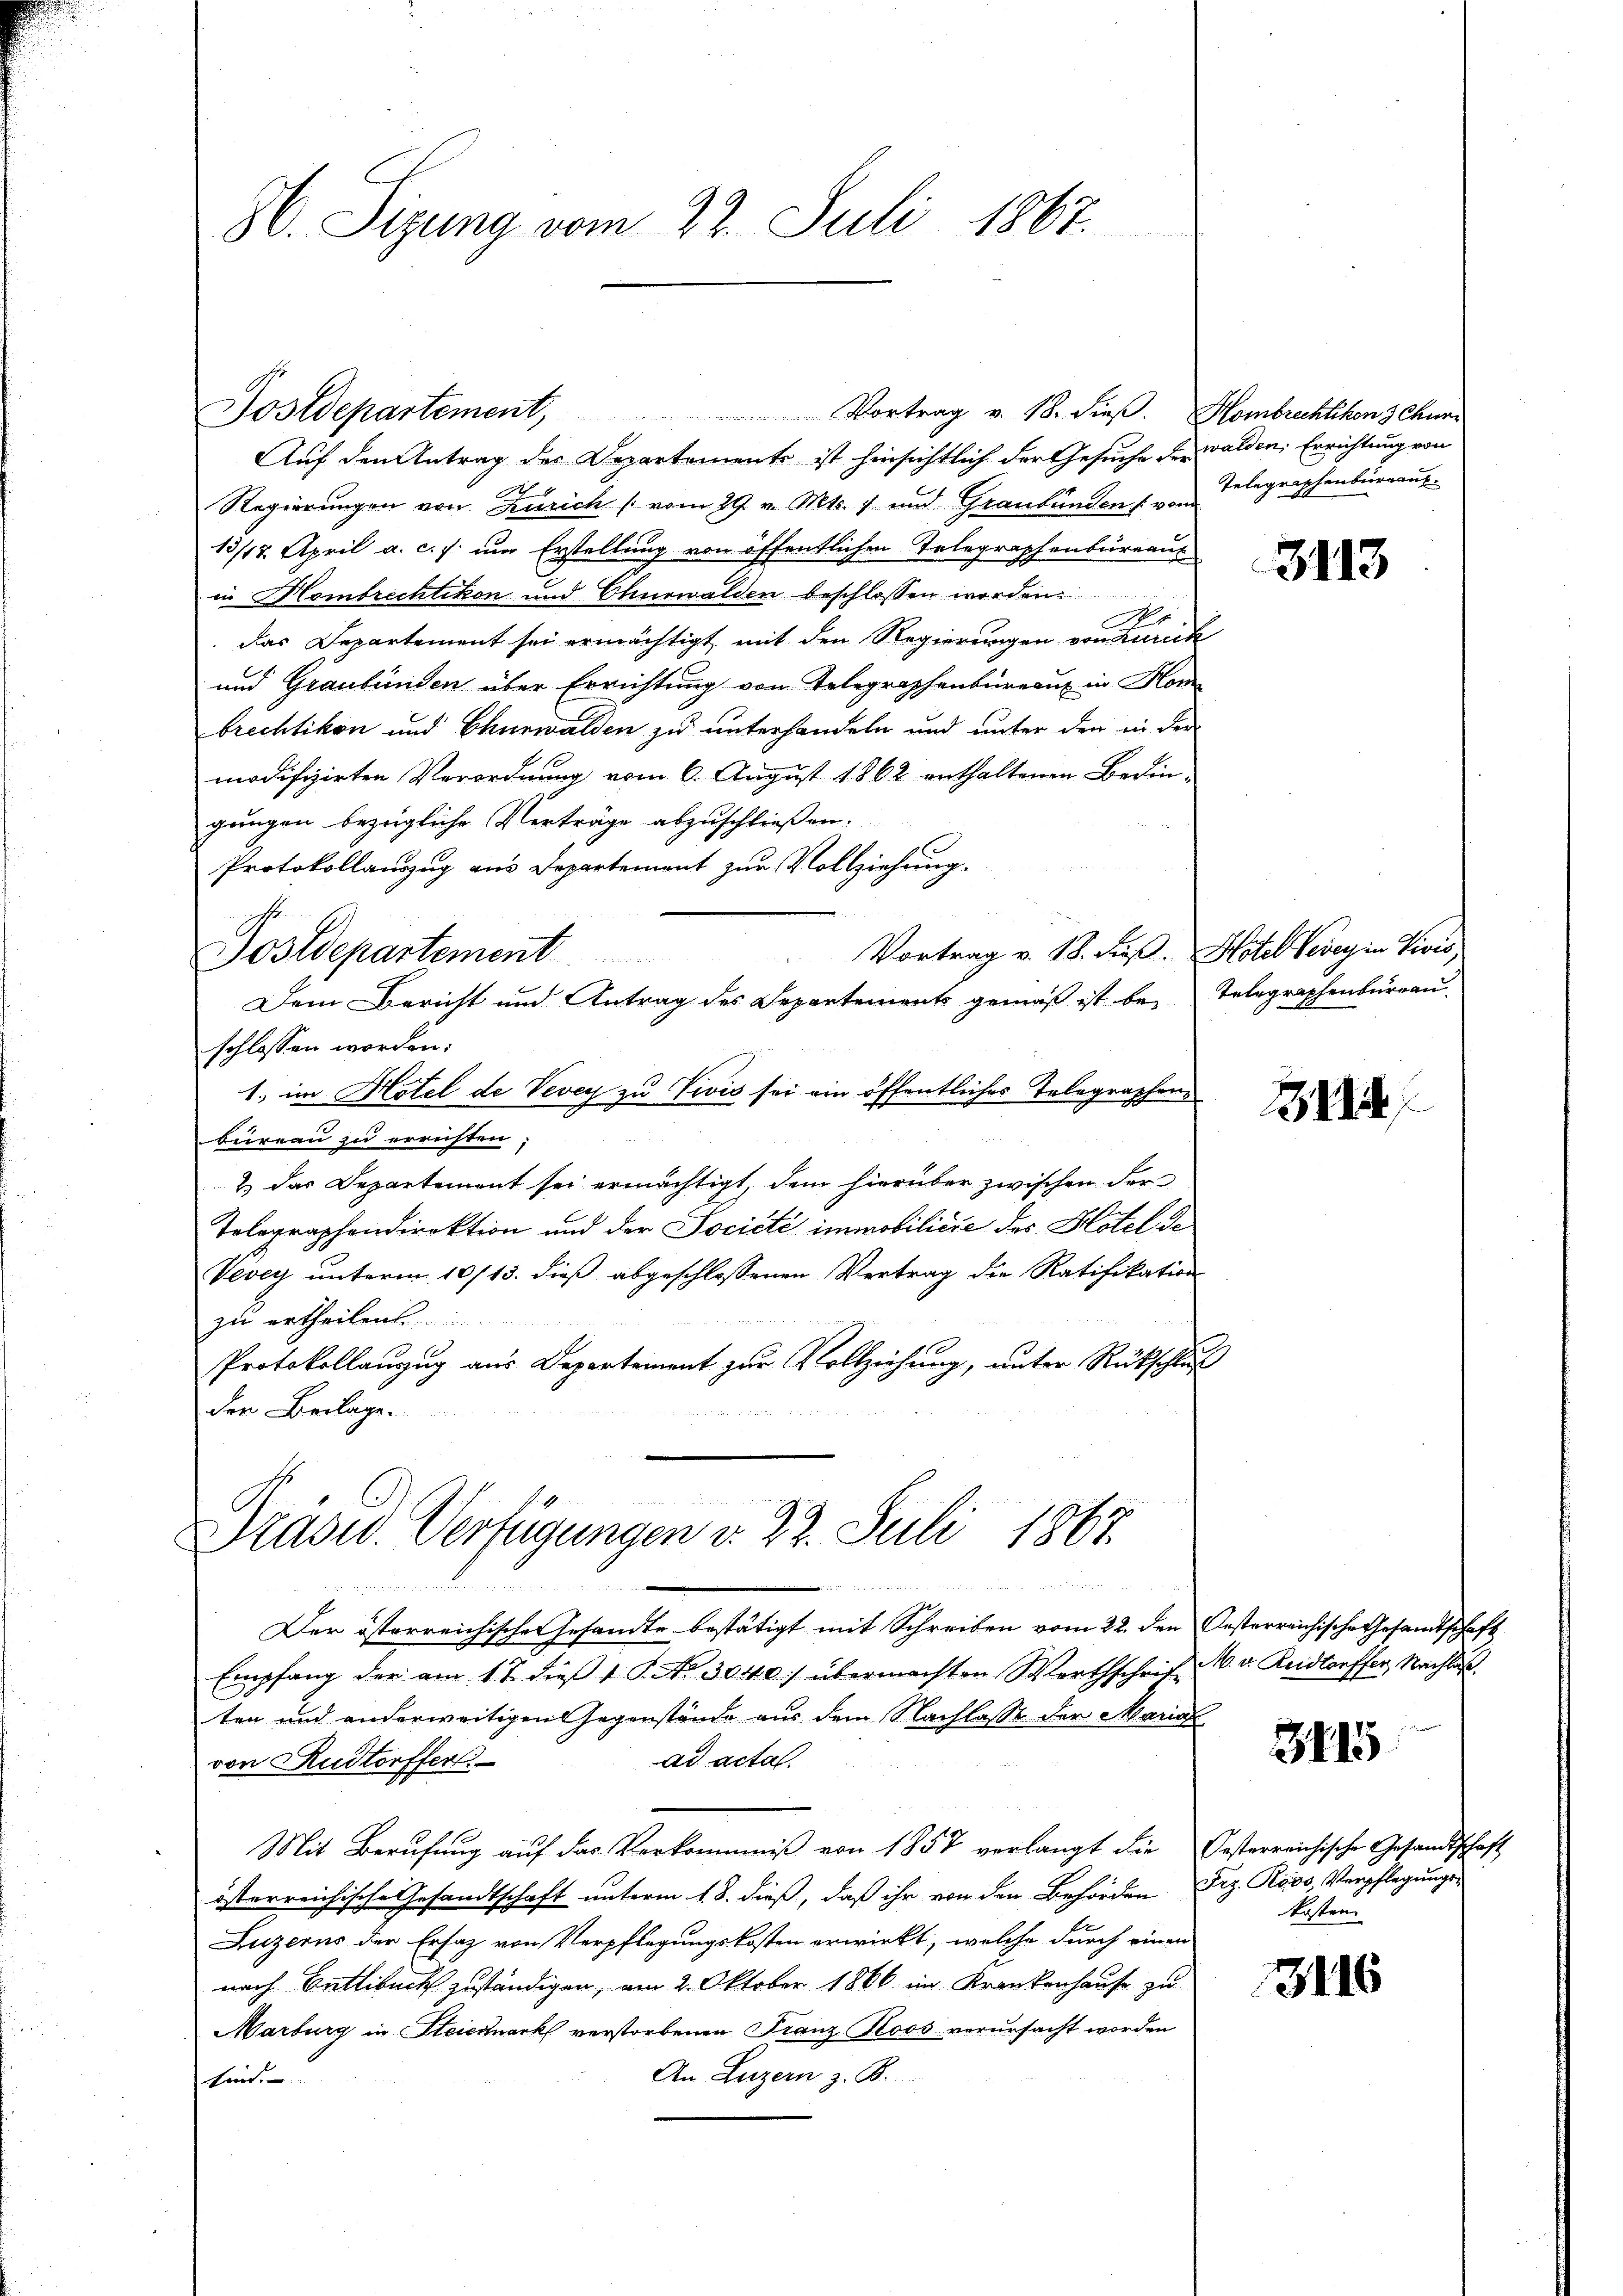
36. Sizung vom 22. Juli 1867.

Sostdepartement, Vortrag v. 18. dieβ. Hombrechtikon 3 Chur-
Auf den Antrag des Departemente ist hinsichtlich der Gesuche der walden. Errichtung von
Regierungen von Zürich (vom 29. v. Mts. 1 und Graubünden von Telegraphenbureaus
13/12. April a. c. s. um Erstellung von öffentlichen Telegraphenbureaus
in Hombrechtikon und Ohnewalden beschlossen worden.
No 7
das Departement sei ermächtigt, mit den Regierungen von Zurick
und Graubünden über Errichtung von Telegraphenbureaux in Hom
brechtikon und Churwalden zu unterhandeln und unter den in der
modifizirten Verordnung vom 6. August 1862 enthaltenen Bedingungen bezügliche Verträge abzuschließen.
C
Protokollauszug aus Departement zur Vollziehung.
Vortrag v. 18. Fuß. Hotel Vevey in Divis
Postdepartement
Dem Bericht und Antrag des Departements gemäß ist bei Telegraphenburgau.
schlossen worden.
1. im Hotel de Vevey zu Vivis sei ein öffentliches Telegraphenbeireau zu errichten
2) das Departement sei ermächtigt, dem hierüber zwischen der
Telegraphendirektion und der Société immobiličić des Hotel de
Vevey unterm 10/13. dieß abgeschlossenen Vertrag die Ratifikation
zu ertheilen.
Protokollanzug aus Departement zur Vollziehung, unter Rückschluß
der Beilage.

Drasw. Verfügungen v. 22. Juli 1867.
d
minden den den

lischen Gesandte bestätigt mit Schreiben vom 22. den Oesterreichische Gesandtschaft
Der österreich
Empfang der am 11. dieß 1. No 3040) übermachten Werthschrift M. v. Reidtauffer, Nachlas
ten und anderweitigen Gegenstände aus dem Nachlasse der Maria
ad acta
von Rudtorffer
Mit Berufung auf das Verkommniß von 1857 verlangt die Posterreichische Gesandtschaf-
österreichische Gesandtschaft unterm 1. 8. dieß, daß ihr von den Behörden Org. Roos, Verpflegungs¬
Luzerns der Ersatz von Verpflegungskosten erwirkt, welche durch einen
nach Entlebuch zuständigen, am 2. Oktober 1866 im Krankenhause zu
Marburg in Steiernark verstorbenen Franz Roos verursacht worden
An Luzern z. B.
kein

3113

21

3115

kosten

3116